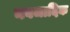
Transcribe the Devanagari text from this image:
नवजादिक